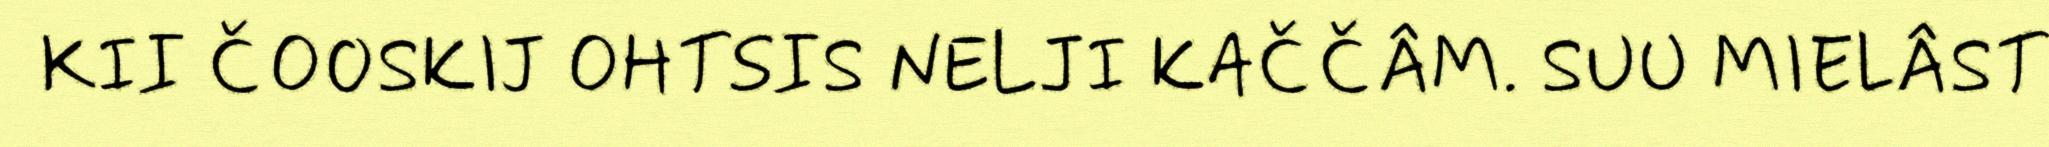
KII ČOOSKIJ OHTSIS NELJI KAČČÂM. SUU MIELÂST